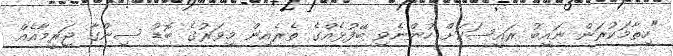
"ހިތާމަކުރަން ނައިބު ރައީސަކަށް ހުންނެވި ބޭފުޅެއްގެ ތެރެއިން މިވަރުގެ ބޮޑު ސިންގާ ޖަރީމާއެއް